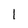
Character: 1